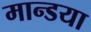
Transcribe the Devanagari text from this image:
मान्डया